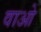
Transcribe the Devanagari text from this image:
वाओ